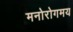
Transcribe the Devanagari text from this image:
मनोरोगमय